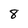
Character: 8